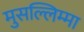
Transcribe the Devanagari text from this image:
मुसल्लिम्मा